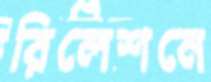
রিলেশনে